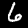
Label: 6